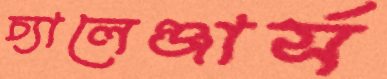
চ্যালেঞ্জার্স